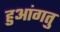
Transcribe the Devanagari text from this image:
हुआंगतु